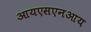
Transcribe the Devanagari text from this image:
आयएसएनआय